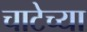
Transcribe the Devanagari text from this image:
चाटेच्या